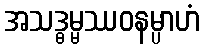
အသဒ္ဓမ္မဿဝနမ္ပာဟံ